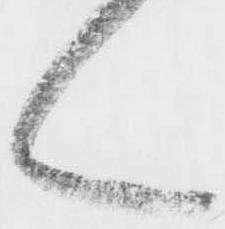
ん